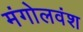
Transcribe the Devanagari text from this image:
मंगोलवंश